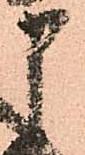
申